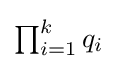
\textstyle \prod _{i=1}^{k}q_{i}